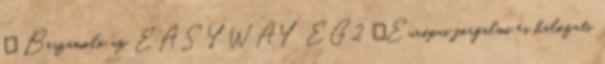
„ Beszámoló az EASYWAY EG2 „Európai forgalmi és hálózati